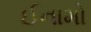
ઈનામો